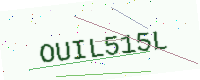
Text: OUIL515L